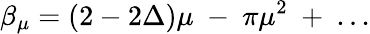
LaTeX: \beta_{\mu}=(2-2\Delta)\mu~-~\pi\mu^{2}~+~...